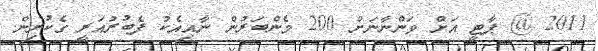
2011 @ ޕާޓީ އަށް ވަންނާނަށް 200 މެންބަރުން ނާއިއެކު ފެބުރުއަރީ ގެކުރިން.